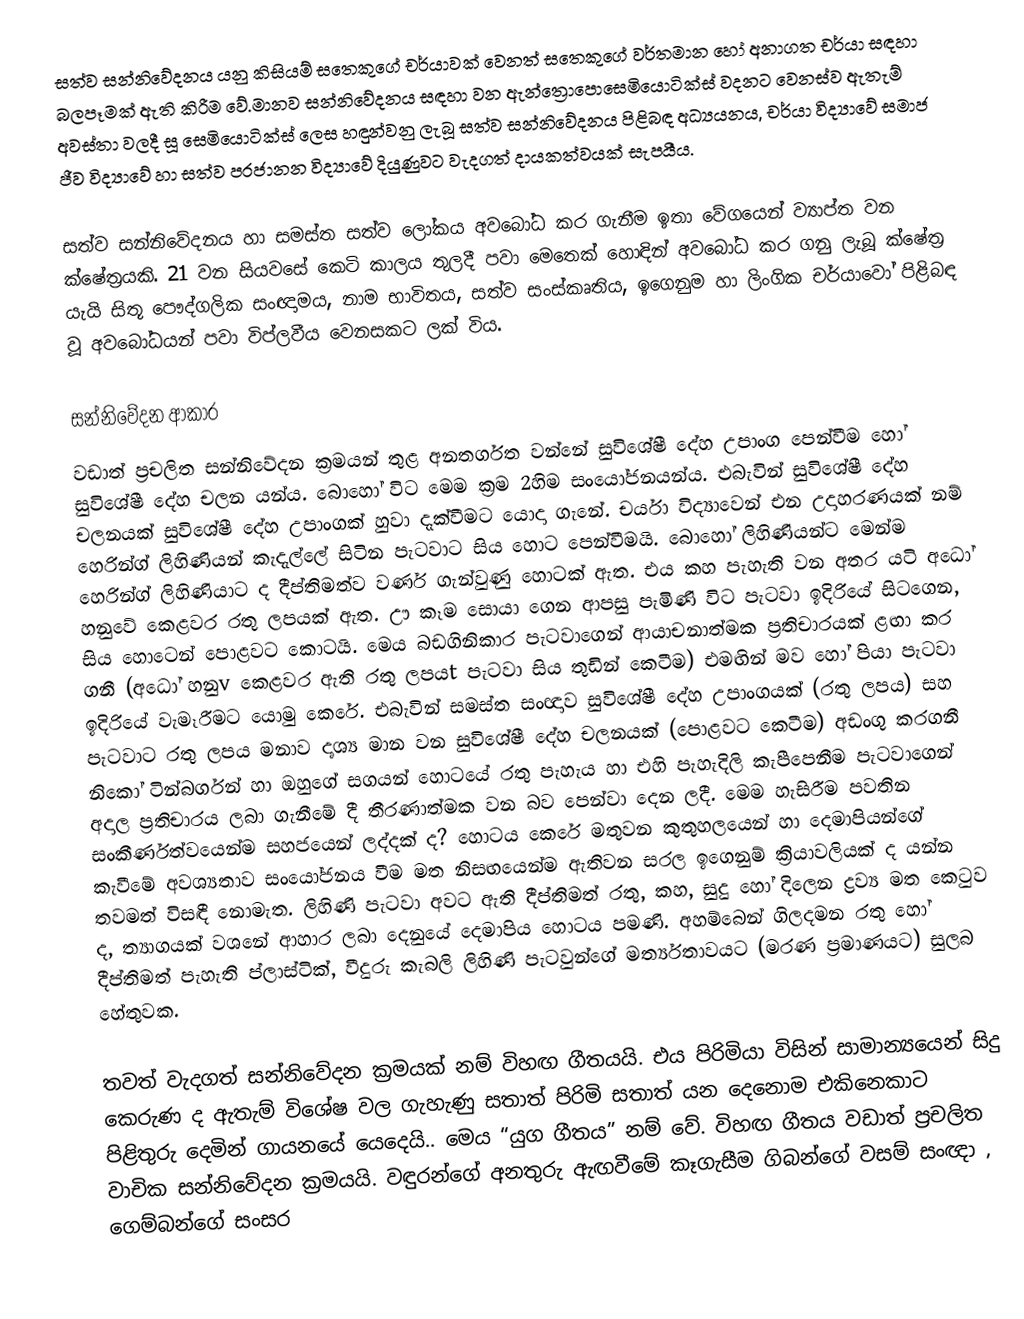
සත්ව සන්නිවේදනය යනු කිසියම් සතෙකුගේ චර්යාවක් වෙනත් සතෙකුගේ වර්තමාන හෝ අනාගත චර්යා සඳහා බලපෑමක් ඇති කිරීම වේ.මානව සන්නිවේදනය සඳහා වන ඇන්ත්‍රොපොසෙමියොටික්ස් වදනට වෙනස්ව ඇතැම් අවස්තා වලදී සූ සෙමියොටික්ස් ලෙස හඳුන්වනු ලැබූ සත්ව සන්නිවේදනය පිළිබඳ අධ්‍යයනය, චර්යා විද්‍යාවේ සමාජ ජීව විද්‍යාවේ හා සත්ව ප‍්‍රජානන විද්‍යාවේ දියුණුවට වැදගත් දායකත්වයක් සැපයීය.

සත්ව සන්නිවේදනය හා සමස්ත සත්ව ලෝකය අවබෝධ කර ගැනීම ඉතා වේගයෙන් ව්‍යාප්ත වන ක්ෂේත‍්‍රයකි. 21 වන සියවසේ කෙටි කාලය තුලදී පවා මෙතෙක් හොඳින් අවබෝධ කර ගනු ලැබූ ක්ෂේත‍්‍ර යැයි සිතූ පෞද්ගලික සංඥාමය, නාම භාවිතය, සත්ව සංස්කෘතිය, ඉගෙනුම හා ලිංගික චර්යාවෝ පිළිබඳ වූ අවබෝධයන් පවා විප්ලවීය වෙනසකට ලක් විය.

සන්නිවේදන ආකාර
වඩාත් ප්‍රචලිත සන්නිවේදන ක්‍රමයන් තුළ අනතර්ගත වන්නේ සුවිශේෂී දේහ උපාංග පෙන්වීම හෝ සුවිශේෂී දේහ චලන යන්ය. බොහෝ විට මෙම ක්‍රම 2හිම සංයෝජනයන්ය. එබැවින් සුවිශේෂී දේහ චලනයක් සුවිශේෂී දේහ උපාංගක් හුවා දැක්වීමට යොදා ගැනේ. චර්යා විද්‍ය‍ාවෙන් එන උදාහරණයක් නම් හෙරින්ග් ලිහිණියන් කැදැල්ලේ සිටින පැටවාට සිය හොට පෙන්වීමයි. බොහෝ ලිහිණියන්ට මෙන්ම හෙරින්ග් ලිහිණියාට ද දීප්තිමත්ව වර්ණ ගැන්වුණු හොටක් ඇත. එය කහ පැහැති වන අතර යටි අධෝ හනුවේ කෙළවර රතු ලපයක් ඇත. ඌ කෑම සොයා ගෙන ආපසු පැමිණි විට පැටවා ඉදිරියේ සිටගෙන, සිය  ‍හොටෙන් පොළවට කොටයි. මෙය බඩගිනිකාර පැටවාගෙන් ආයාචනාත්මක ප්‍රතිචාරයක් ළඟා කර ගනී (අධෝ හනුv කෙළවර ඇති රතු ලපයt පැටවා සිය   තුඩින් කෙටීම) එමඟින් මව හෝ පියා පැටවා ඉදිරියේ වැමෑරීමට යොමු කෙරේ. එබැවින් සමස්ත සංඥාව සුවිශේෂී දේහ උපාංගයක් (රතු ලපය) සහ පැටවාට රතු ලපය මනාව දෘශ්‍ය මාන වන සුවිශේෂී දේහ චලනයක් (පොළවට කෙටීම) අඩංගු කරගනී නිකෝ ටින්බර්ගන් හා ඔහුගේ සගයන් හොටයේ රතු පැහැය හා එහි පැහැදිලි කැපීපෙනීම පැටවාගෙන් අදාල ප්‍රතිචාරය ලබා ගැනීමේ දී තීරණාත්මක වන බව පෙන්වා දෙන ලදී. මෙම හැසිරීම පවතින සංකීර්ණත්වයෙන්ම සහජයෙන් ලද්දක් ද? හොටය කෙරේ මතුවන කුතුහ‍ලයෙන් හා දෙමාපියන්ගේ කැවීමේ අවශ්‍යතාව සංයෝජනය වීම මත නිසඟයෙන්ම ඇතිවන සරල ඉගෙනුම් ක්‍රියාවලියක් ද යන්න තවමත් විසඳී නොමැත. ලිහිණි පැටවා අවට ඇති දීප්තිමත් රතු, කහ, සුදු හෝ දිලෙන ද්‍රව්‍ය මත කෙටුව  ද, ත්‍යාගයක් වශනේ ආහාර ලබා දෙනුයේ දෙමාපිය හොටය පමණි. අහම්බෙන්  ගිලදමන රතු හෝ දීප්තිමත් පැහැති ප්ලාස්ටික්, වීදුරු කැබලි  ලිහිණි පැටවුන්ගේ  මර්ත්‍යතාවයට (මරණ ප්‍රමාණයට) සුලබ හේතුවක.

තවත් වැදගත් සන්නිවේදන ක්‍රමයක් නම් විහඟ ගීතයයි. එය පිරිමියා විසින් සාමාන්‍යයෙන් සිදු කෙරුණ ද ඇතැම් විශේෂ වල ගැහැණු සතාත් පිරිමි සතාත් යන දෙ‍නොම එකිනෙකාට පිළිතුරු දෙමින් ගායනයේ යෙදෙයි.. මෙය “යුග ගීතය” නම් වේ. විහඟ ගීතය වඩාත් ප්‍රචලිත වාචික සන්නිවේදන ක්‍රමයයි. වඳුරන්ගේ අනතුරු ඇඟවීමේ කෑගැසීම ගිබන්ගේ වසම් සංඥා , ගෙම්බන්ගේ සංසර